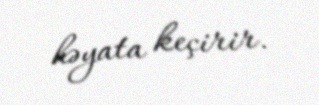
həyata keçirir.